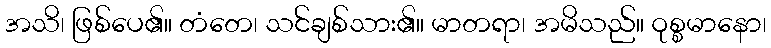
အသိ၊ ဖြစ်ပေ၏။ တံတေ၊ သင်ချစ်သား၏။ မာတရာ၊ အမိသည်။ ဝုစ္စမာနော၊